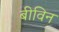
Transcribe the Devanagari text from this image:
बीविन